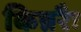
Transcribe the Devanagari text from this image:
किन्नरैः